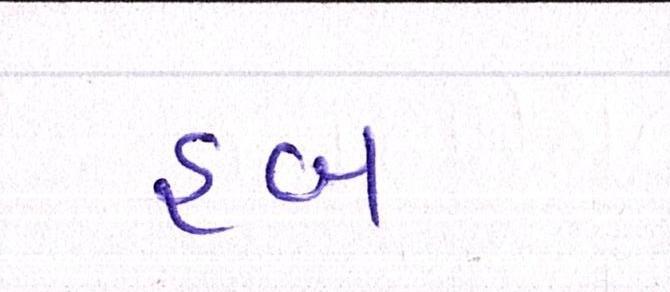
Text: હબ